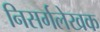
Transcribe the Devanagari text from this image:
निसर्गलेखक